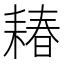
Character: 𫅽